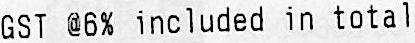
GST @6% INCLUDED IN TOTAL